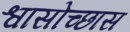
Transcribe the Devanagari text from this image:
श्वासोच्छास